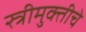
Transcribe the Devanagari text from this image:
स्त्रीमुक्तीचे